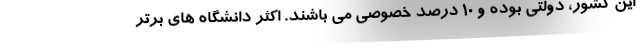
این کشور، دولتی بوده و 10 درصد خصوصی می باشند. اکثر دانشگاه های برتر